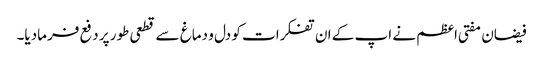
فیضان مفتی اعظم نے اپ کے ان تفکرات کو دل و دماغ سے قطعی طور پر دفع فرمادیا۔